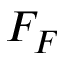
F _ { F }